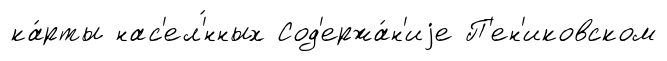
ка́рты нас'ел'́нных Сод'ержа́н'иjе П'ен'иковском